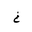
Letter: _kha